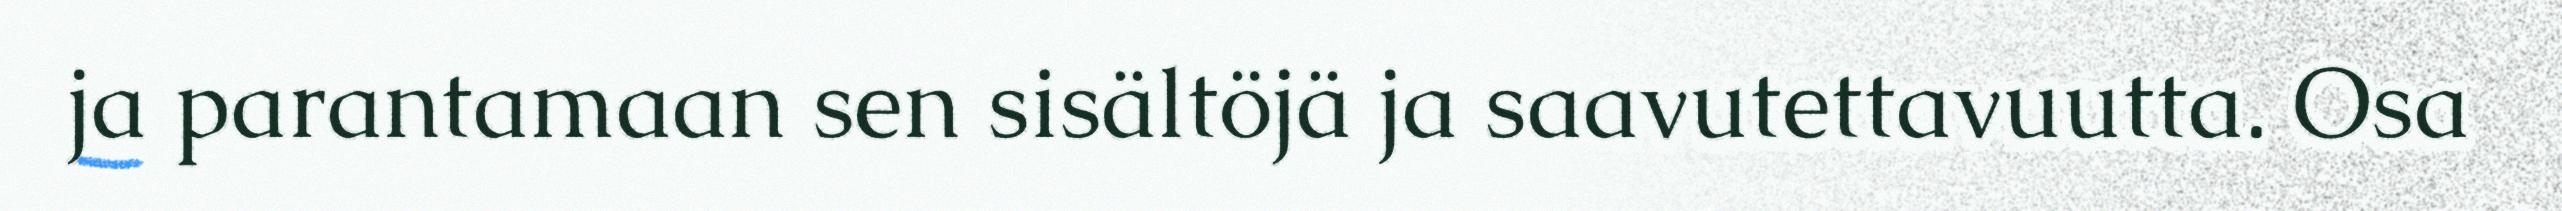
ja parantamaan sen sisältöjä ja saavutettavuutta. Osa